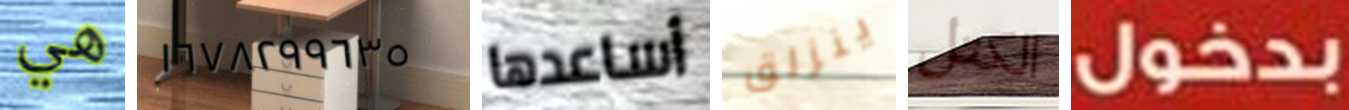
هي ١٦٧٨٢٩٩٦٣٥ أساعدها ينزلق الكتل بدخول